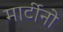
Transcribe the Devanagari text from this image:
मार्टीनो